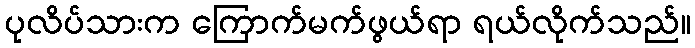
ပုလိပ်သားက ကြောက်မက်ဖွယ်ရာ ရယ်လိုက်သည်။